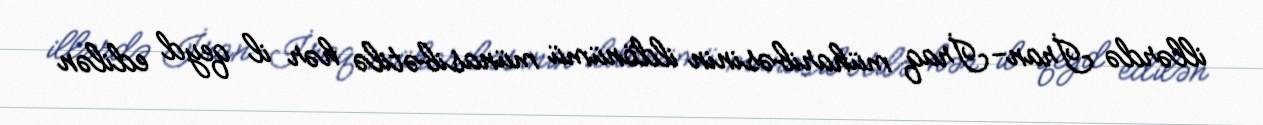
illərdə İran-İraq müharibəsinin ildönümü münasibətilə hər il qeyd edilən